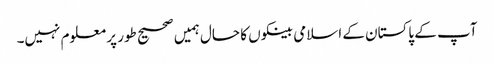
آپ کے پاکستان کے اسلامی بینکوں کا حال ہمیں صحیح طور پر معلوم نہیں۔